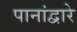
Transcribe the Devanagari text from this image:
पानांद्वारे